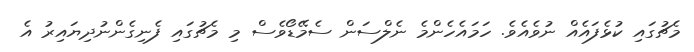
މެޗުގައި ކުޅެފައެއް ނުވެއެވެ. ހަމައެހެންމެ ނެލްސަން ސެމޭޑޯވެސް މި މެޗުގައި ފެނިގެންނުދިޔައިރު އެ